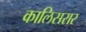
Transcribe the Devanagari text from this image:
कालिसरार